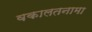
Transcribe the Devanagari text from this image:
वकालतनामा